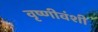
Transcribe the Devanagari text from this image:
वृष्णीवंशी